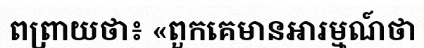
ពព្រាយថា៖ «ពួកគេមានអារម្មណ៍ថា